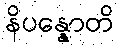
နိပန္နောတိ